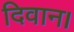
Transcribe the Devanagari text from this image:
दिवान।